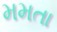
મમતા